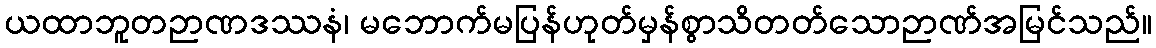
ယထာဘူတဉာဏဒဿနံ၊ မဘောက်မပြန်ဟုတ်မှန်စွာသိတတ်သောဉာဏ်အမြင်သည်။